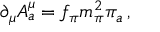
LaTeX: \partial _ { \mu } A _ { a } ^ { \mu } = f _ { \pi } m _ { \pi } ^ { 2 } \pi _ { a } \, ,